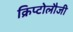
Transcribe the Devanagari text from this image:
क्रिप्टोलौजी